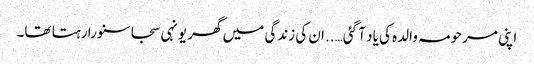
اپنی مرحومہ والدہ کی یاد آ گئی…..ان کی زندگی میں گھر یونہی سجا سنورا رہتا تھا۔